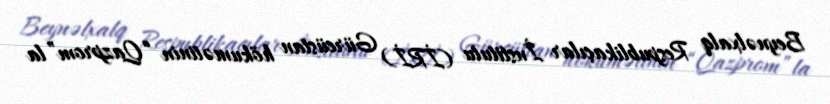
Beynəlxalq Respublikaçılar İnstitutu (İRİ) Gürcüstan hökumətinin “Qazprom”la